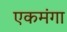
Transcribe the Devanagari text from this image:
एकमंगा